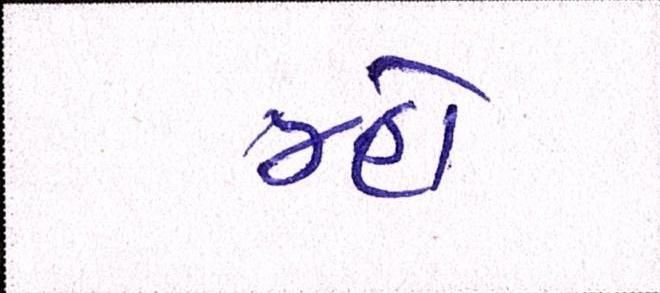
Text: મ્હોં